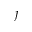
\jmath